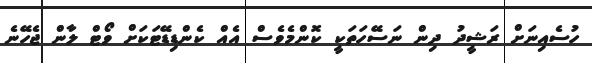
ހުސެއިނަށް ރަޝީދު ދިން ނަސޭހަތަކީ ކޮންމެވެސް އެއް ކެންޑިޑޭޓަކަށް ވޯޓް ލާން ޖެހޭނެ